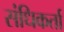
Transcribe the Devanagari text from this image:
संधिकर्ता